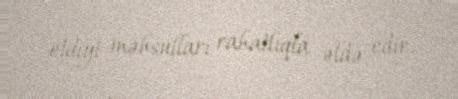
etdiyi məhsulları rahatlıqla əldə edir.